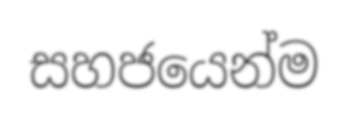
සහජයෙන්ම